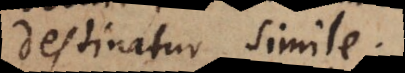
destinatur simile.